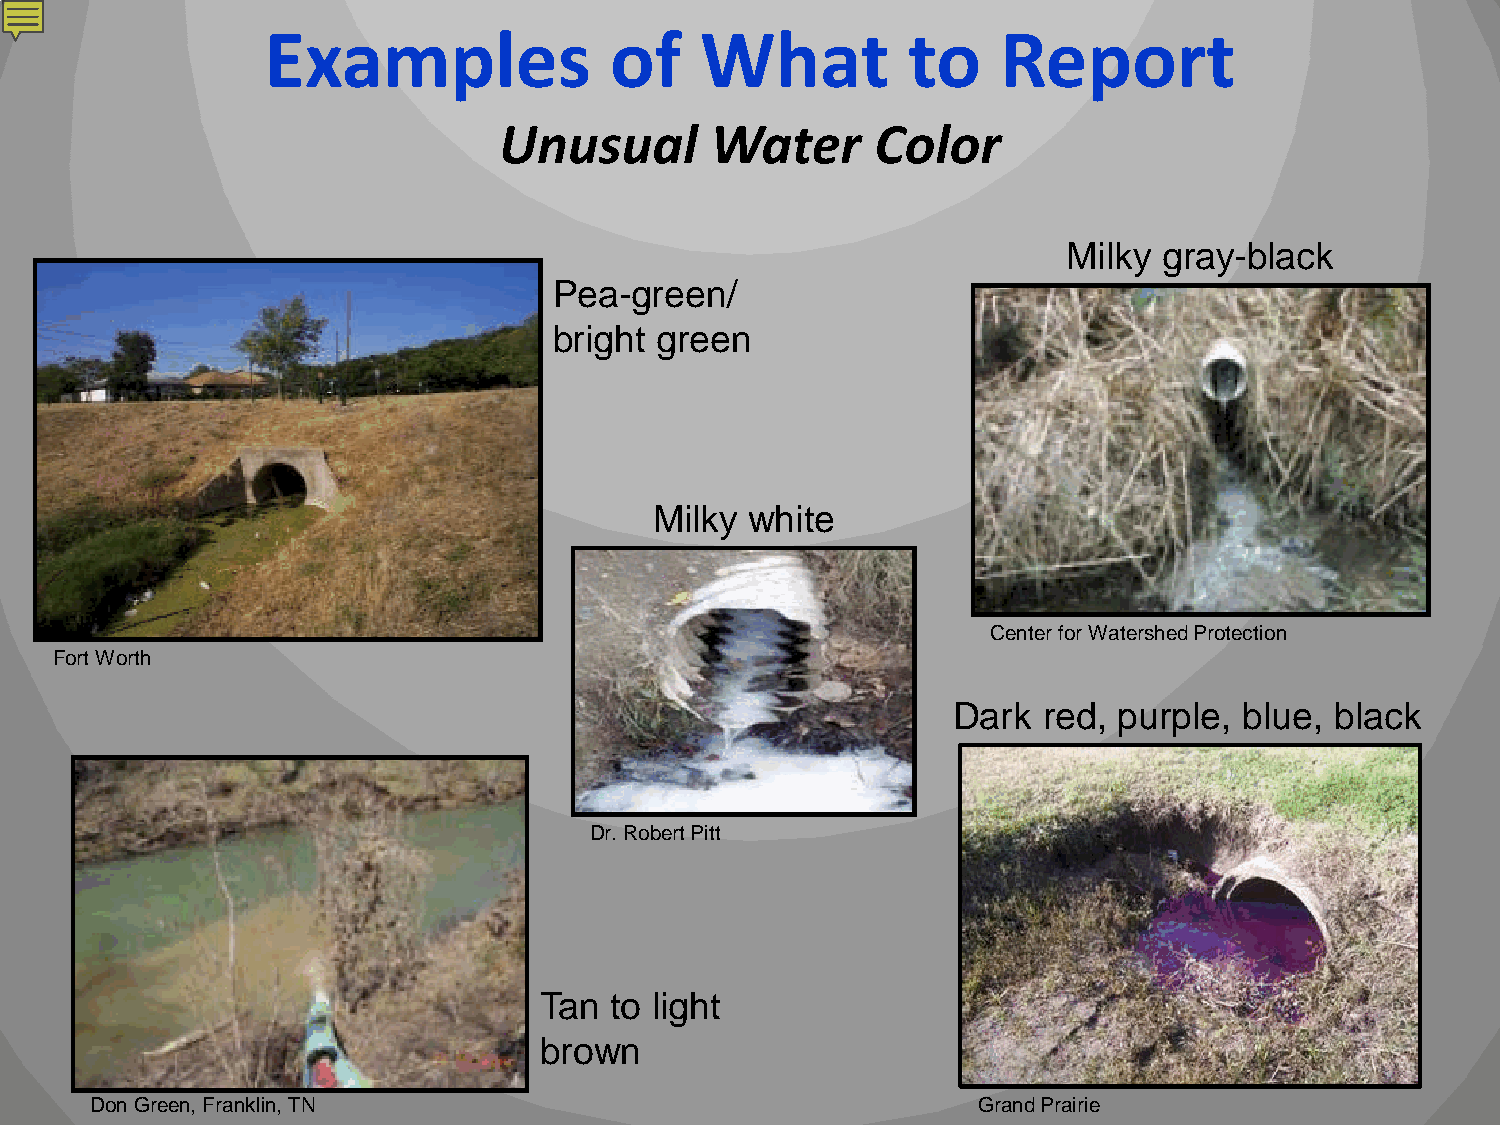
Examples              of    What          to    Report
 Unusual       Water      Color
 Milky gray-black
 Pea-green/
 bright green
 Milky  white
 Center for Watershed Protection
 Fort Worth
 Dark  red, purple, blue, black
 Dr. Robert Pitt
 Tan to light
 brown
 Don Green, Franklin, TN                                    Grand Prairie